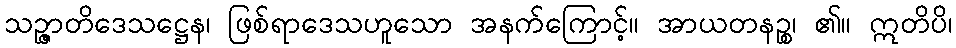
သဉ္ဇာတိဒေသဋ္ဌေန၊ ဖြစ်ရာဒေသဟူသော အနက်ကြောင့်။ အာယတနဉ္စ၊ ၏။ ဣတိပိ၊